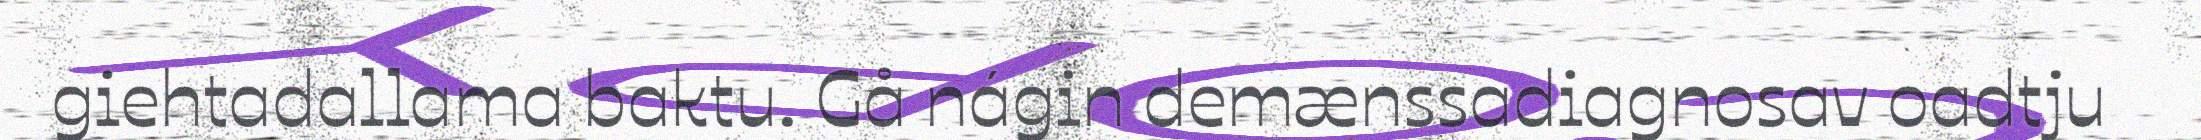
giehtadallama baktu. Gå nágin demænssadiagnosav oadtju